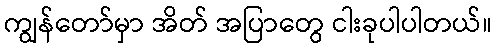
ကျွန်တော်မှာ အိတ် အပြာတွေ ငါးခုပါပါတယ်။